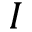
\boldsymbol { I }